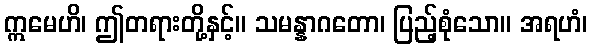
ဣမေဟိ၊ ဤတရားတို့နှင့်။ သမန္နာဂတော၊ ပြည့်စုံသော။ အရဟံ၊